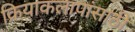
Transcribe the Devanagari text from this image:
क्रियाकलापांसाठी